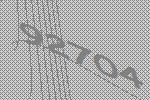
92704